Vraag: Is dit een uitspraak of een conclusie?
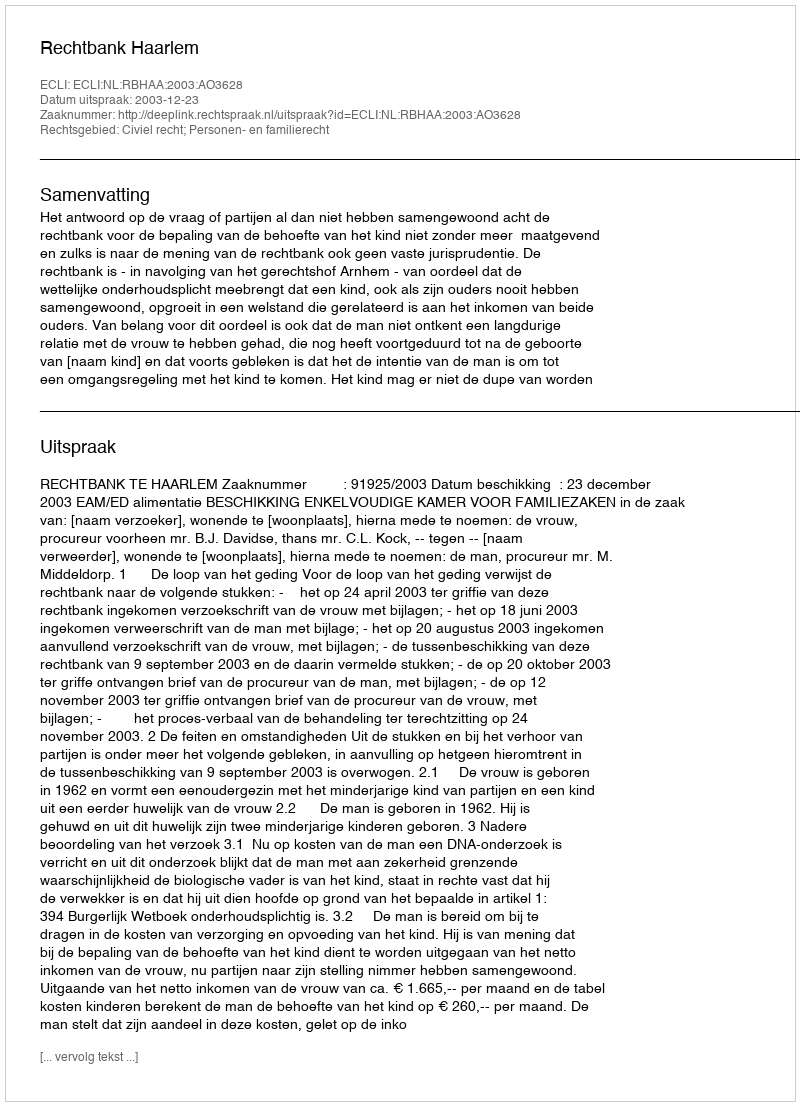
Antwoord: Uitspraak